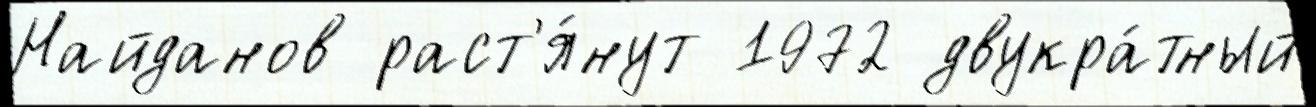
Найданов раст'я́нут 1972 двукра́тный